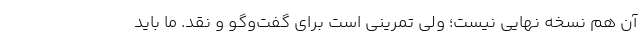
آن هم نسخه نهایی نیست؛ ولی تمرینی است برای گفت‌وگو و نقد. ما باید